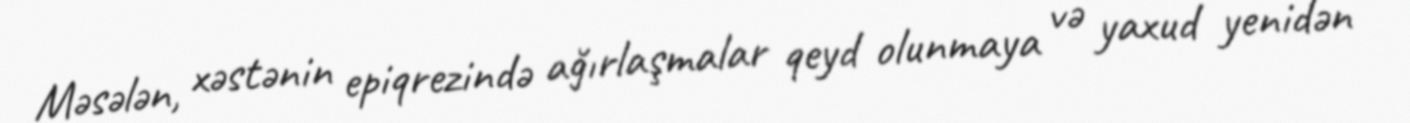
Məsələn, xəstənin epiqrezində ağırlaşmalar qeyd olunmaya və yaxud yenidən